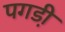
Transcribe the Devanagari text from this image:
पगडी़